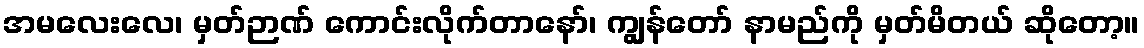
အမလေးလေ၊ မှတ်ဉာဏ် ကောင်းလိုက်တာနော်၊ ကျွန်တော် နာမည်ကို မှတ်မိတယ် ဆိုတော့။